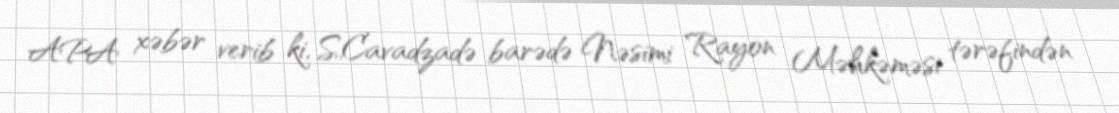
APA xəbər verib ki, S.Cavadzadə barədə Nəsimi Rayon Məhkəməsi tərəfindən